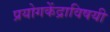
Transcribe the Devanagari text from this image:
प्रयोगकेंद्राविषयी